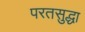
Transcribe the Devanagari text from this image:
परतसुद्धा